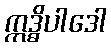
ဣဒ္ဓိပါဒေါ